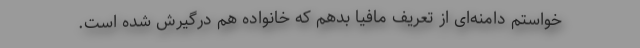
خواستم دامنه‌ای از تعریف مافیا بدهم که خانواده هم درگیرش شده است.